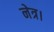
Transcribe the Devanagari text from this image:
नेत्र।